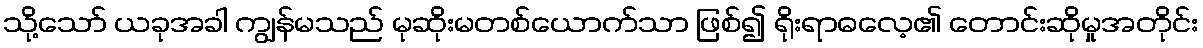
သို့သော် ယခုအခါ ကျွန်မသည် မုဆိုးမတစ်ယောက်သာ ဖြစ်၍ ရိုးရာဓလေ့၏ တောင်းဆိုမှုအတိုင်း